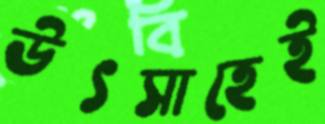
উৎসাহেই